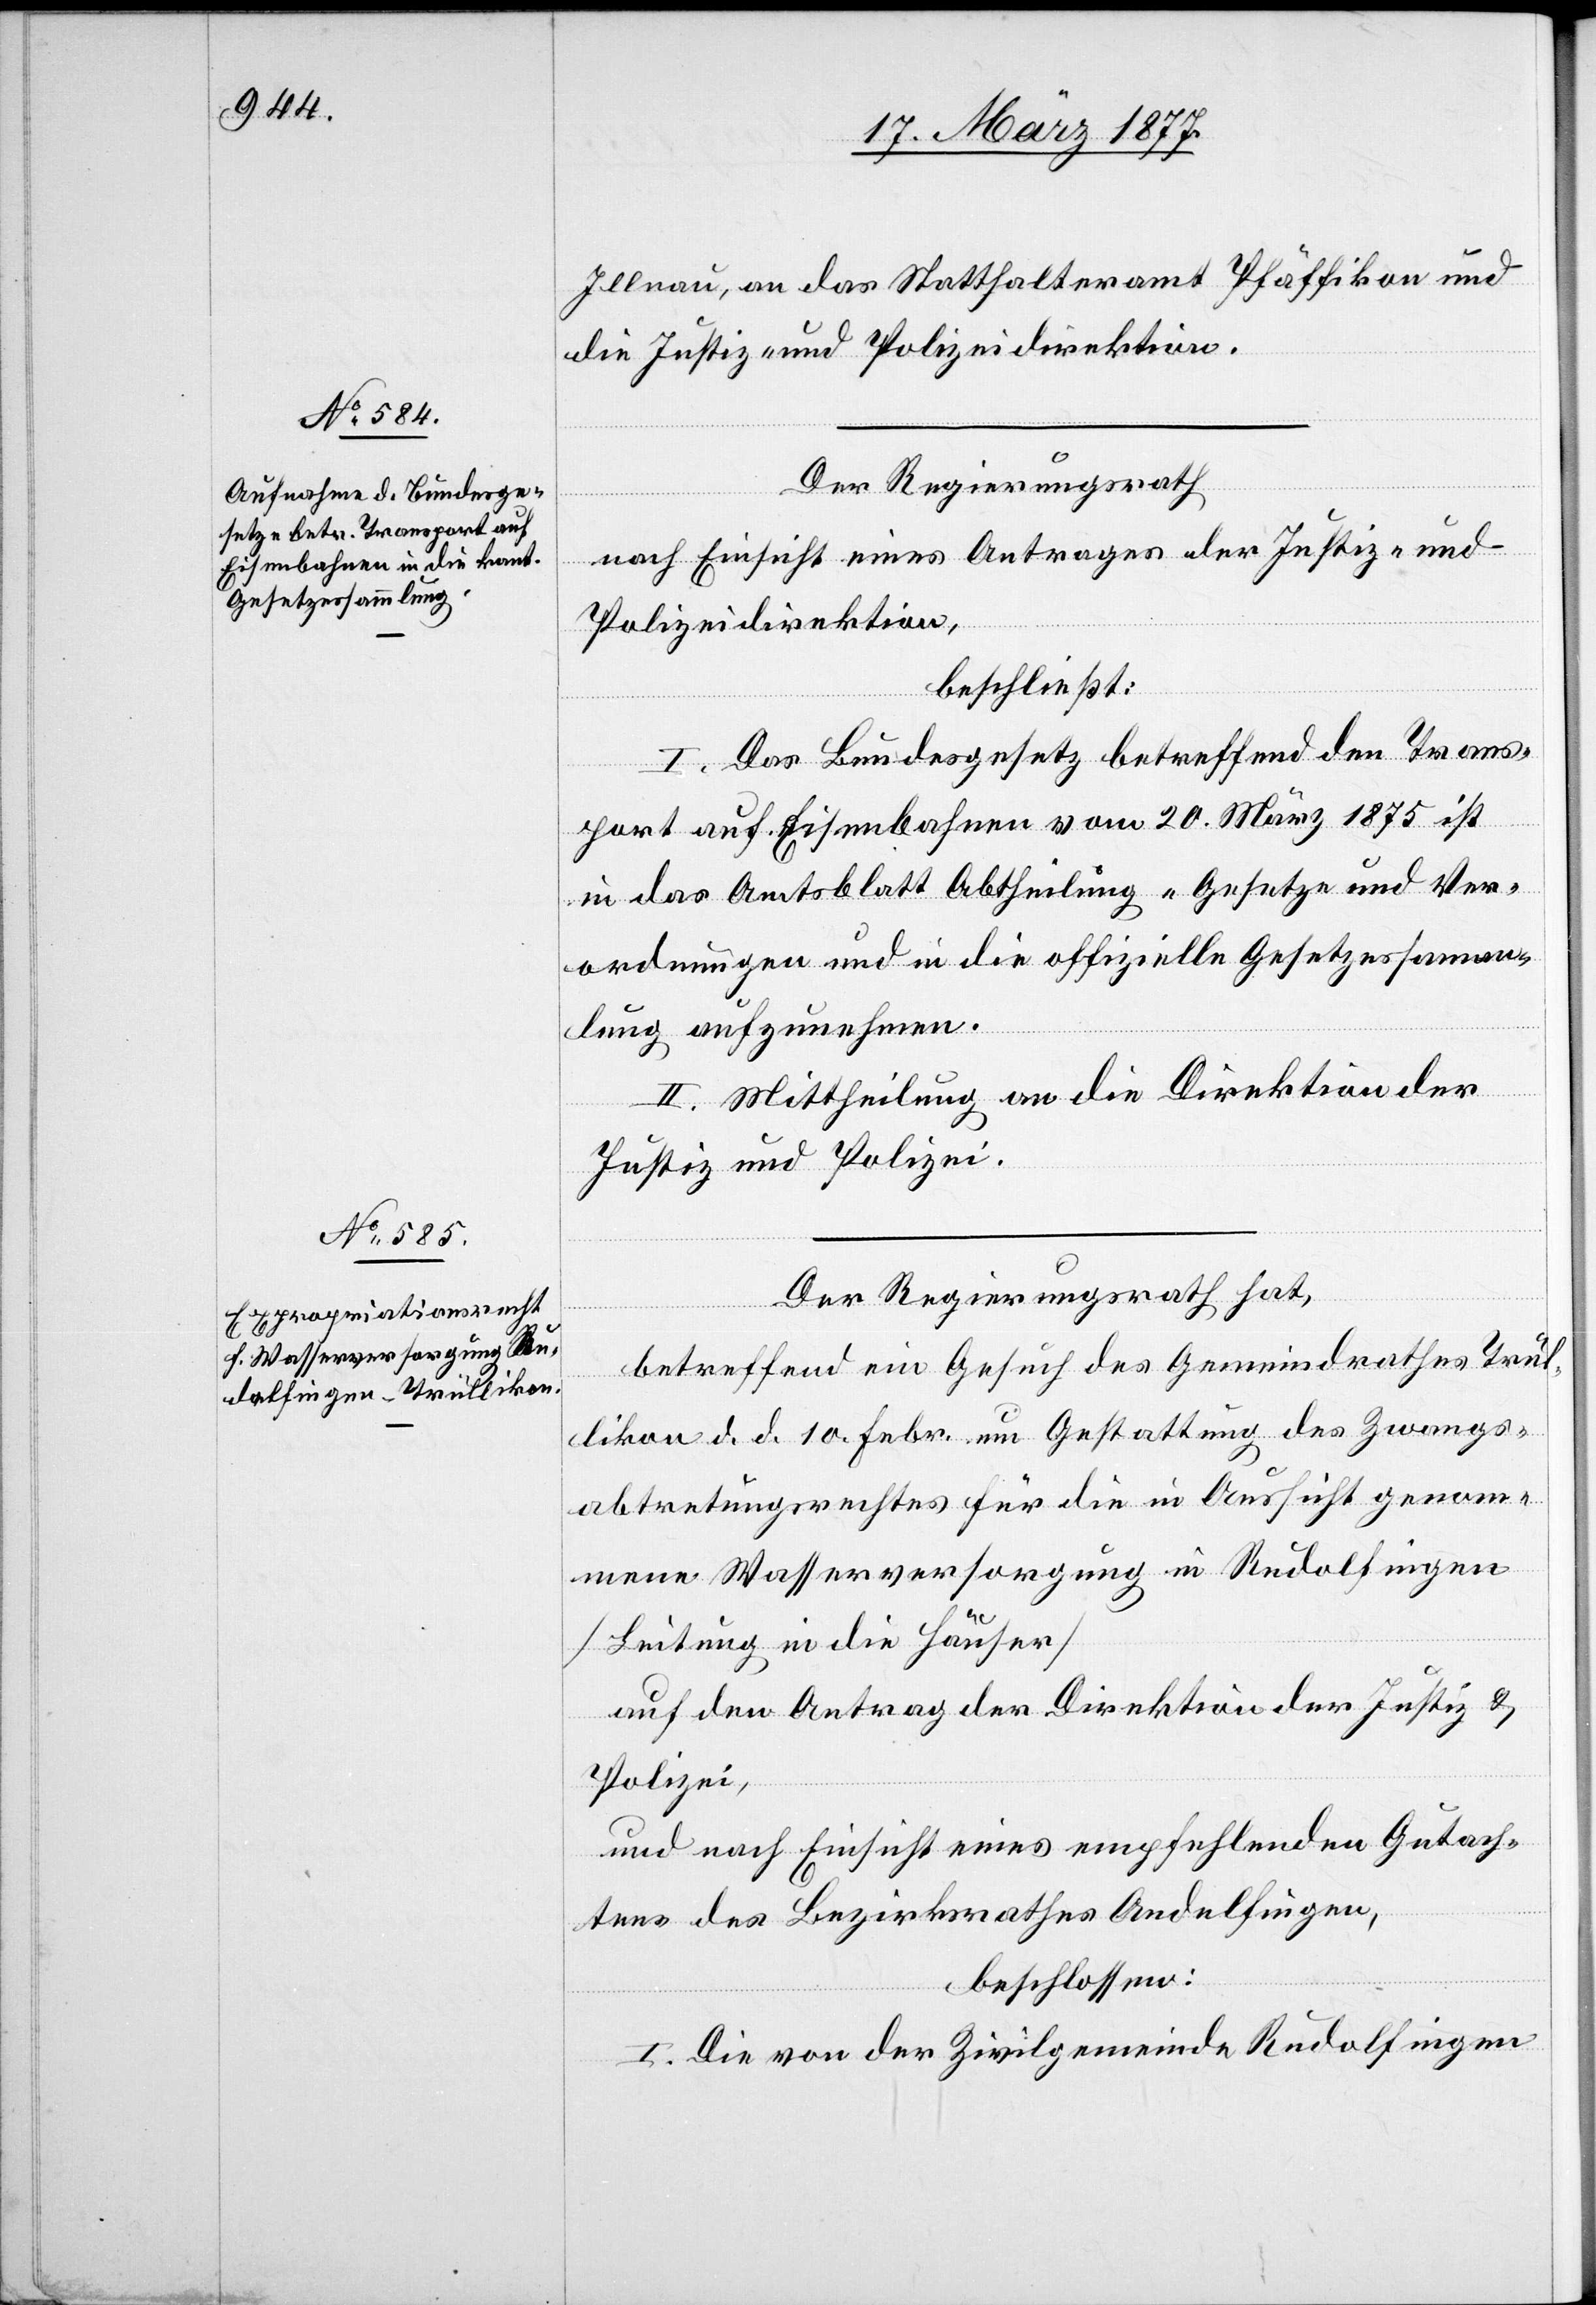
Illnau, an das Statthalteramt Pfäffikon und
die Justiz- und Polizeidirektion.
Der Regierungsrath
nach Einsicht eines Antrages der Justiz- und
Polizeidirektion,
beschließt:
I. Das Bundesgesetz betreffend den Trans¬
port auf Eisenbahnen vom 20. März 1875 ist
in das Amtsblatt Abtheilung „Gesetze und Ver¬
ordnungen“ und in die offizielle Gesetzessamm¬
lung aufzunehmen.
II. Mittheilung an die Direktion der
Justiz und Polizei.
Der Regierungsrath hat,
betreffend ein Gesuch des Gemeindrathes Trül¬
likon d. d. 10. Febr. um Gestattung des Zwangs¬
abtretungsrechtes für die in Aussicht genom¬
mene Wasserversorgung in Rudolfingen
[Leitung in die Häuser]
auf den Antrag der Direktion der Justiz &
Polizei,
und nach Einsicht eines empfehlenden Gutach¬
tens des Bezirksrathes Andelfingen,
beschlossen:
I. Die von der Zivilgemeinde Rudolfingen